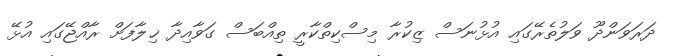
ދަރަވަންދޫ ވަލުތެރޭގައި އުޅުނަސް ޒިކުރާ މިސްކިތްކާރީ ތިއްބަސް ގަވާއިދާ ޚިލާފަށް ރާއްޖޭގައި އުޅޭ